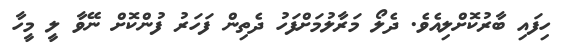
ހިފައި ބާރުކޮށްލިއެވެ. ދެލޯ މަރާލުމަށްފަހު ދެތިން ފަހަރު ފުންކޮށް ނޭވާ ލީ މީހާ